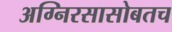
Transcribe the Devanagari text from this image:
अग्निरसासोबतच